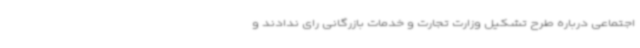
اجتماعی درباره طرح تشکیل وزارت تجارت و خدمات بازرگانی رای ندادند و